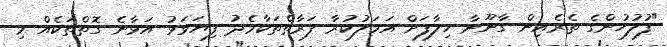
"ފުލުހުންގެ ތެރެއިން ގާނޫނާ ހިލާފަށް އަމަލުކުރާ ފަރާތްތަކާމެދު ފިޔަވަޅު އަޅާނެ ގޮތްތަކެއް މި